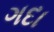
ગદા